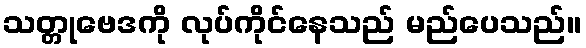
သတ္တုဗေဒကို လုပ်ကိုင်နေသည် မည်ပေသည်။